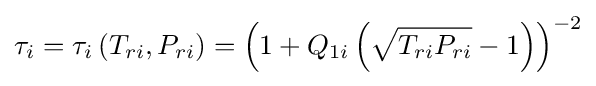
\tau _{i}=\tau _{i}\left(T_{ri},P_{ri}\right)=\left(1+Q_{1i}\left({\sqrt {T_{ri}P_{ri}}}-1\right)\right)^{-2}